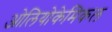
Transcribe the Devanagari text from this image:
ओलियोकेमिकल